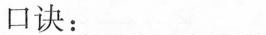
口诀：___